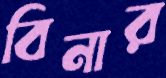
বিনার